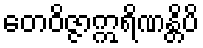
တေဝိဇ္ဇာဣရိဏန္တိပိ